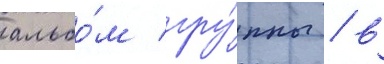
альбо́м гру́ппы / в